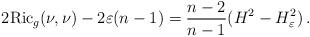
LaTeX: \begin{align*}2{\rm Ric}_g(\nu,\nu)-2\varepsilon (n-1)=\frac{n-2}{n-1}(H^2-H_{\varepsilon}^2)\,.\end{align*}